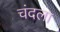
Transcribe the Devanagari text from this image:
चंदला